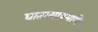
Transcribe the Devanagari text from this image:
घातल्याप्रमाणे